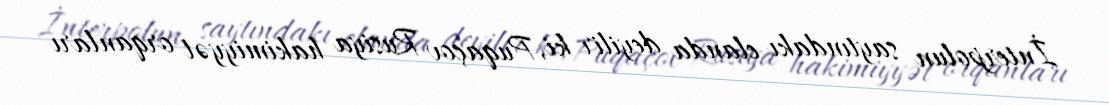
İnterpolun saytındakı elanda deyilir ki, Puqaçov Rusiya hakimiyyət orqanları